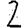
Digit: 2